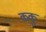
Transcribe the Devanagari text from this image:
ककु